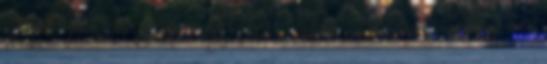
november 17. – Esterházy János 3000 emberével ostrom alá